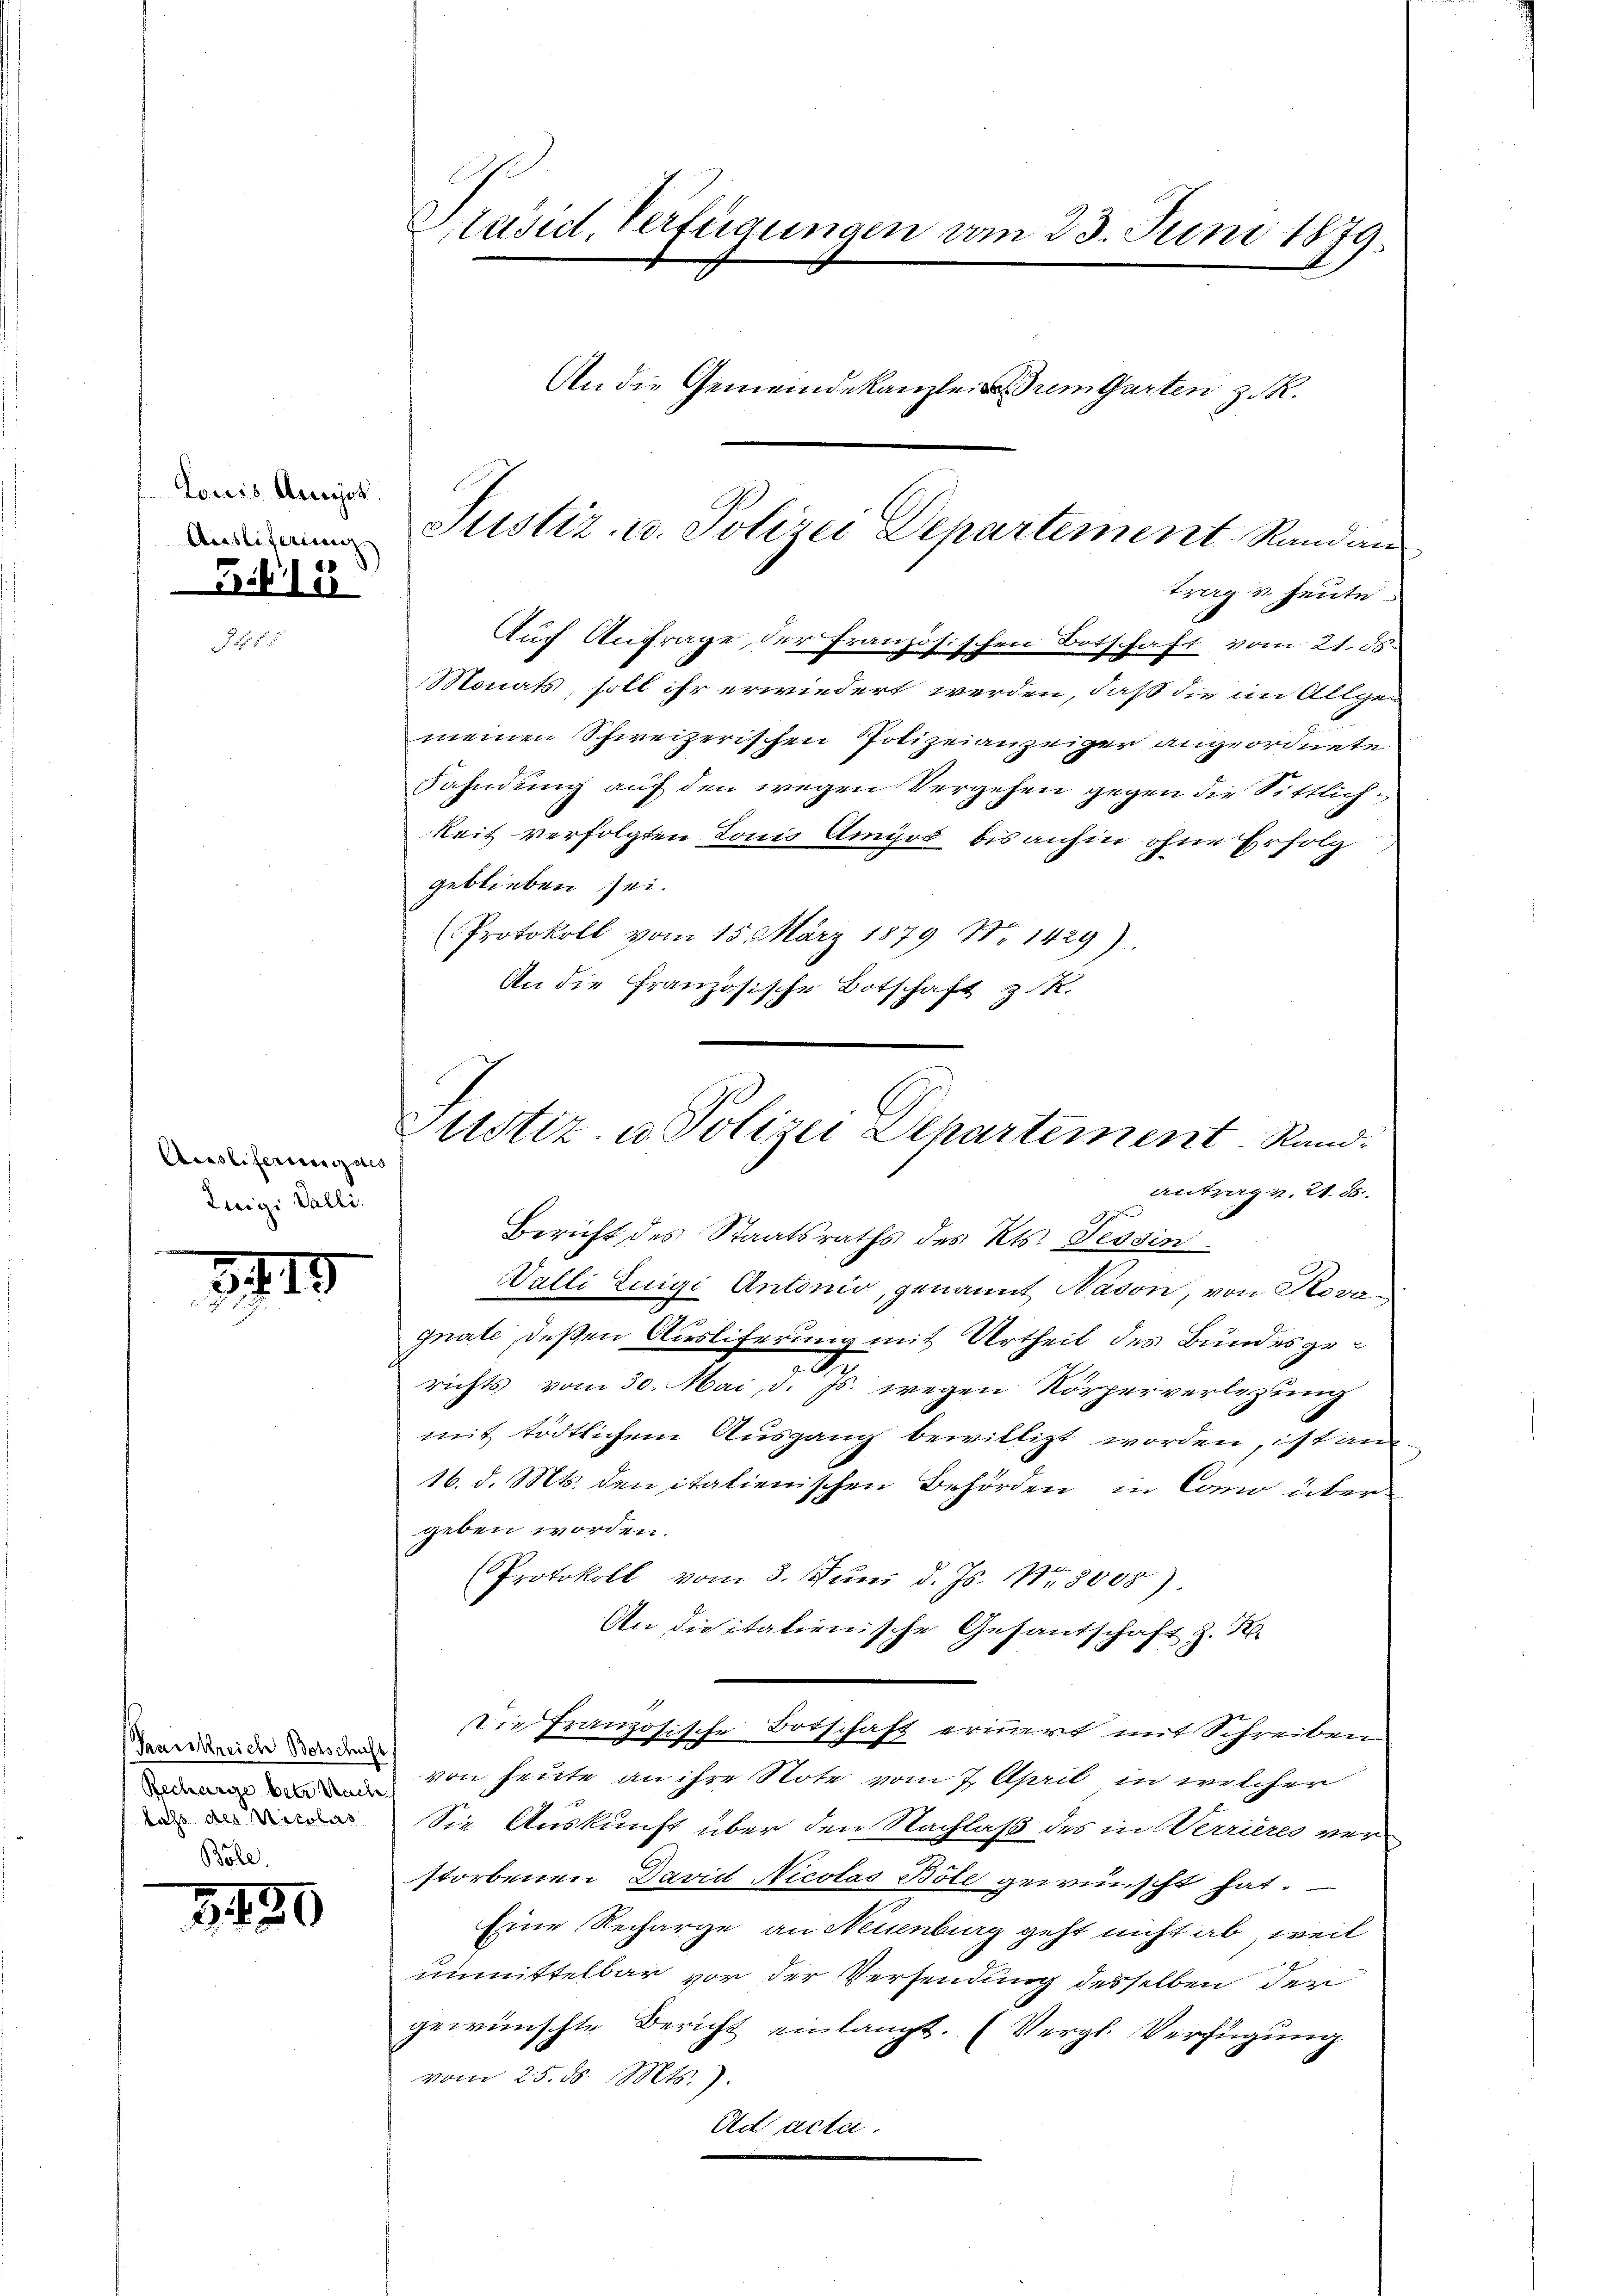
Louis Ausst.
Ausliferung

F.19

Acasliferenzzolls
Luigi Valli.

319

Keiskreich Botschaft
Recharge betr. Nach
bass des Nicolas

350

räsid. Verfügungen am 23. Juni 1879.
An die Gemeindekanzlei rem Garten z. R.

Auf Anfrage der französischen Botschaft vom 21. ds.
Monats, soll ihr erwiedert werden, daß die im Allgemeinen Schweizerischen Polizeianzeiger angeordnete
Fahndung auf den wegen Vergehen gegen die Sittlichkeit verfolgten Lonis Ampre bis anhin ohne Erfolg
geblieben sei.
Protokoll vom 15. März 1879 No 1429)
An die Französische Botschaft z. K.
Bericht des Staatsraths des Kts. Tessin.
Walli Luigi Antonio, genannt Nason, von Rovagnate, deßen Ausliferung mit Urtheil des Bundesge¬
.
richts vom 30. Mai, d. p. wegen Körperverlegung
mit tödtlichem Ausgang bewilligt worden, ist an
16. d. Mts. den italienischen Behörden in Como übergeben worden.
Protokoll vom 3. Juni d. Js. Nr. 8008).
An die italienische Gesandschaft z. H
Die französische Botschaft erinnert mit Schreiben
von heute an ihre Note vom 7. April in welcher
Sie Auskunft über den Nachlaß des in Verrieres ver-
storbenen David Nicolas Böle gewünscht hat.
Eine Recharge an Neuenburg geht nicht ab, weit
unmittelbar vor der Versendung desselben der
gewünschte Bericht einlangt. (Vergl. Verfügung
vom 25. ds. Mts.).
Ad acta.

Justiz- u. Polizei Departement Randan
trag & heute.

Justiz- u. Polizei Departement Rand.
antrag v. 21. 55.